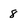
Character: 8